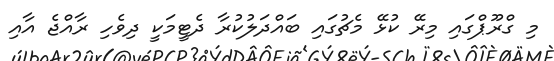
މި ގްރޫޕްގައި މިރޭ ކުޅޭ މެޗުގައި ބައްދަލުކުރާ ދެޓީމަކީ ދިވެހި ރާއްޖެ އާއި